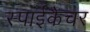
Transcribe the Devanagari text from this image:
स्पाईकैचर